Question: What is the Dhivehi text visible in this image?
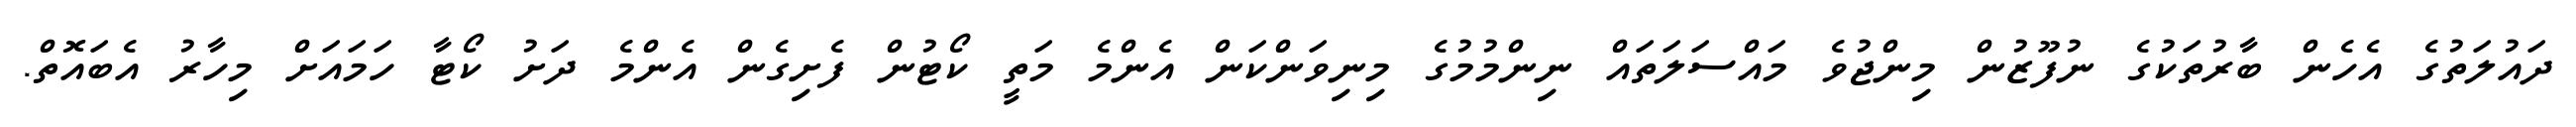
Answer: ދައުލަތުގެ އެހެން ބާރުތަކުގެ ނުފޫޒުން މިންޖުވެ މައްސަލަތައް ނިންމުމުގެ މިނިވަންކަން އެންމެ މަތީ ކޯޓުން ފެށިގެން އެންމެ ދަށު ކޯޓާ ހަމައަށް މިހާރު އެބައޮތް.